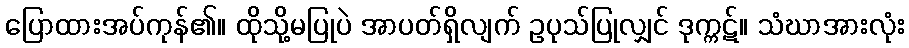
ပြောထားအပ်ကုန်၏။ ထိုသို့မပြုပဲ အာပတ်ရှိလျက် ဥပုသ်ပြုလျှင် ဒုက္ကဋ်။ သံဃာအားလုံး